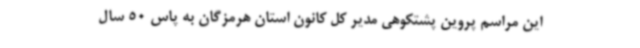
این مراسم پروین پشتکوهی مدیر کل کانون استان هرمزگان به پاس 50 سال